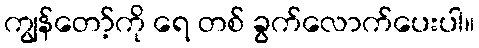
ကျွန်တော့်ကို ရေ တစ် ခွက်လောက်ပေးပါ။